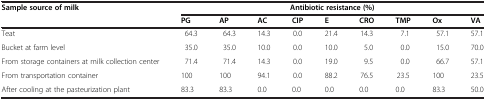
| Sample source of milk | <COLSPAN=9> Antibiotic resistance (%) |
 |  | PG | AP | AC | CIP | E | CRO | TMP | Ox | VA |
 | --- | --- | --- | --- | --- | --- | --- | --- | --- | --- |
 | Teat | 64.3 | 64.3 | 14.3 | 0.0 | 21.4 | 14.3 | 7.1 | 57.1 | 57.1 |
 | Bucket at farm level | 35.0 | 35.0 | 10.0 | 0.0 | 10.0 | 5.0 | 0.0 | 15.0 | 70.0 |
 | From storage containers at milk collection center | 71.4 | 71.4 | 14.3 | 0.0 | 19.0 | 9.5 | 0.0 | 66.7 | 57.1 |
 | From transportation container | 100 | 100 | 94.1 | 0.0 | 88.2 | 76.5 | 23.5 | 100 | 23.5 |
 | After cooling at the pasteurization plant | 83.3 | 83.3 | 0.0 | 0.0 | 0.0 | 0.0 | 0.0 | 83.3 | 50.0 |